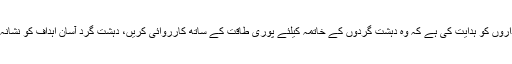
2016ء) وزیراعظم محمد نواز شریف نے ریاست کے تمام سیکورٹی اداروں کو ہدایت کی ہے کہ وہ دہشت گردوں کے خاتمہ کیلئے پوری طاقت کے ساتھ کارروائی کریں، دہشت گرد آسان اہداف کو نشانہ بنا رہے ہیں جن کا جدید مربوط طریقہ سے موٴثر جواب دیا جانا چاہئے۔